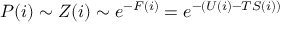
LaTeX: P ( i ) \sim Z ( i ) \sim e ^ { - F ( i ) } = e ^ { - ( U ( i ) - T S ( i ) ) }